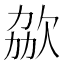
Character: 𣢩